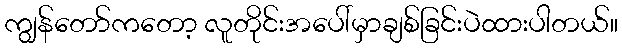
ကျွန်တော်ကတော့ လူတိုင်းအပေါ်မှာချစ်ခြင်းပဲထားပါတယ်။